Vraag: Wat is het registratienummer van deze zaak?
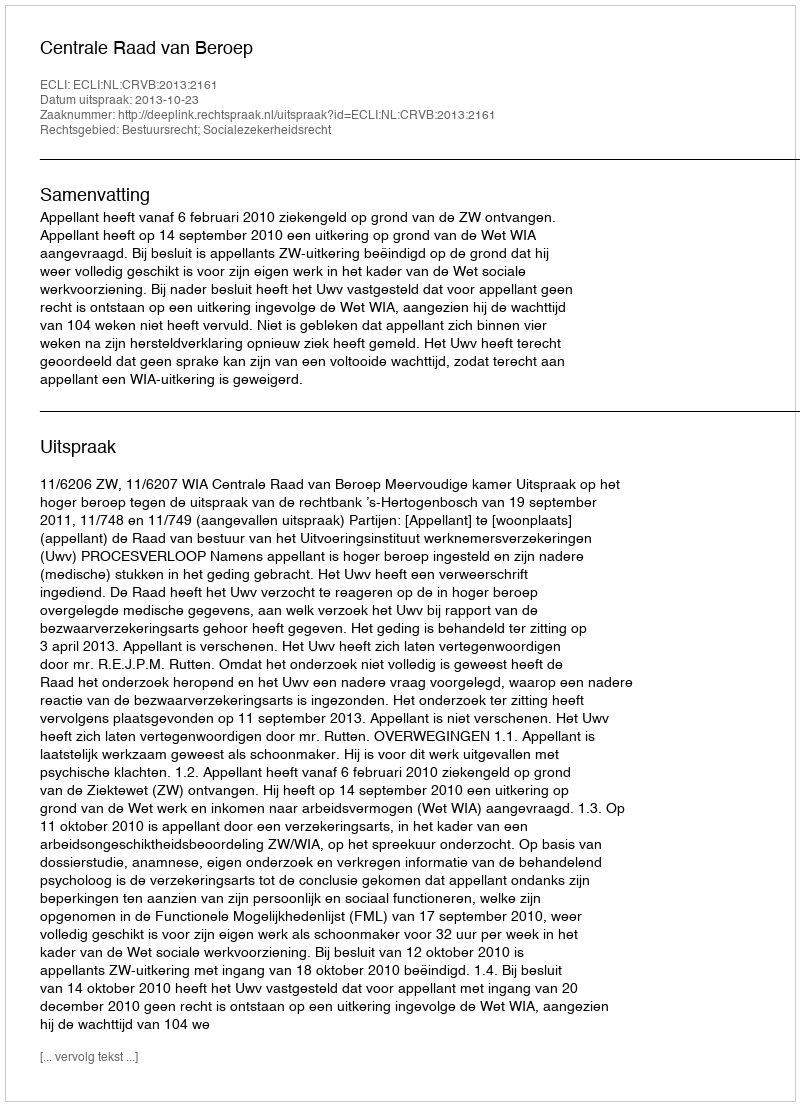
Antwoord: http://deeplink.rechtspraak.nl/uitspraak?id=ECLI:NL:CRVB:2013:2161